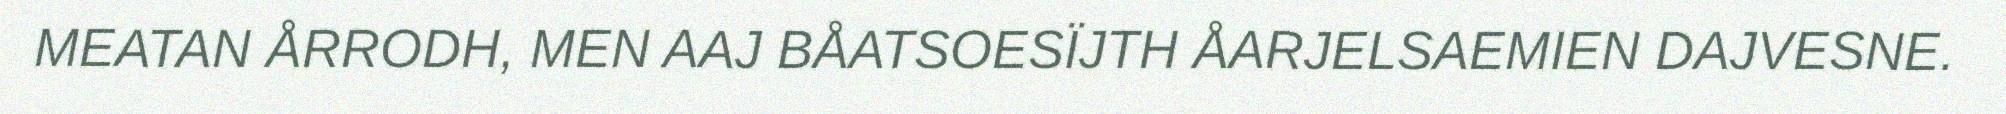
MEATAN ÅRRODH, MEN AAJ BÅATSOESÏJTH ÅARJELSAEMIEN DAJVESNE.